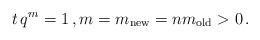
LaTeX: \begin{align*}t \, q^{m} =1 \,, m=m_\textup{new} =n m_\textup{old} > 0 \,. \end{align*}